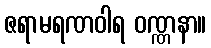
ဇရာမရဏဝါရ ဝဏ္ဏနာ။